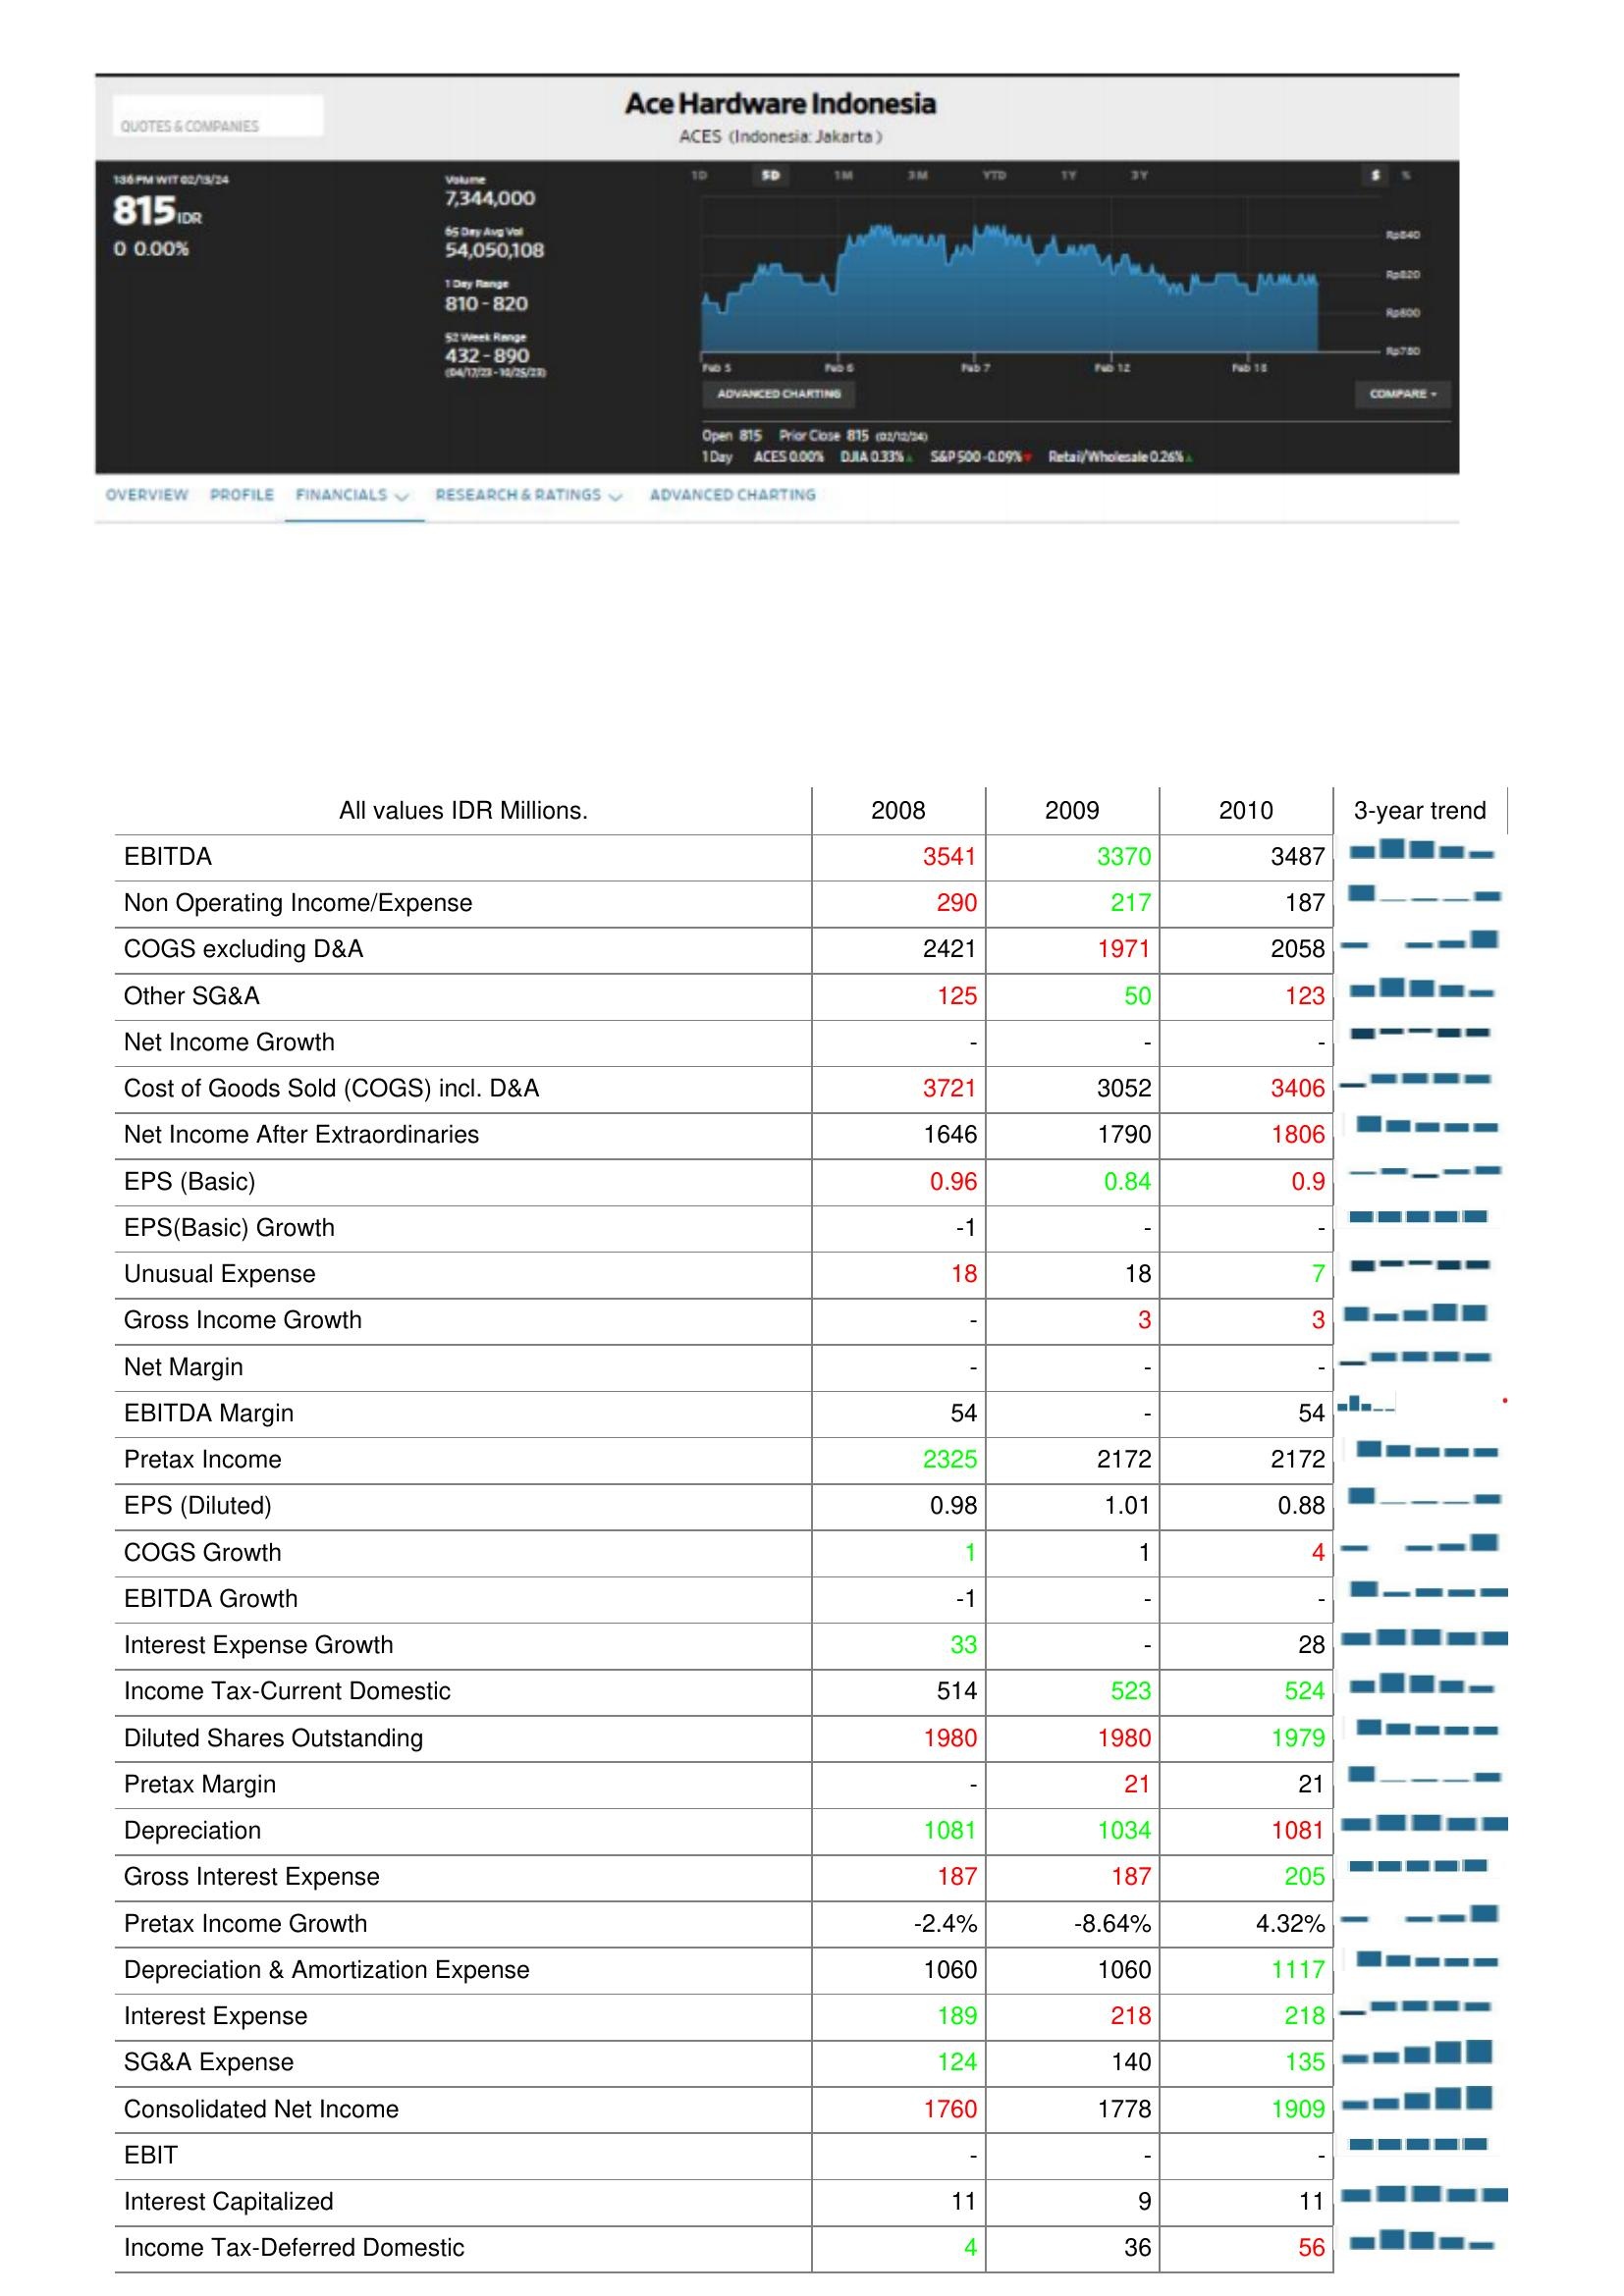
2008: : EBITDA: 3541
Non Operating Income/Expense: 290
COGS excluding D&A: 2421
Other SG&A: 125
Net Income Growth: -
Cost of Goods Sold (COGS) incl. D&A: 3721
Net Income After Extraordinaries: 1646
EPS (Basic): 0.96
EPS(Basic) Growth: -1
Unusual Expense: 18
Gross Income Growth: -
Net Margin: -
EBITDA Margin: 54
Pretax Income: 2325
EPS (Diluted): 0.98
COGS Growth: 1
EBITDA Growth: -1
Interest Expense Growth: 33
Income Tax-Current Domestic: 514
Diluted Shares Outstanding: 1980
Pretax Margin: -
Depreciation: 1081
Gross Interest Expense: 187
Pretax Income Growth: -2.4%
Depreciation & Amortization Expense: 1060
Interest Expense: 189
SG&A Expense: 124
Consolidated Net Income: 1760
EBIT: -
Interest Capitalized: 11
Income Tax-Deferred Domestic: 4
2009: : EBITDA: 3370
Non Operating Income/Expense: 217
COGS excluding D&A: 1971
Other SG&A: 50
Net Income Growth: -
Cost of Goods Sold (COGS) incl. D&A: 3052
Net Income After Extraordinaries: 1790
EPS (Basic): 0.84
EPS(Basic) Growth: -
Unusual Expense: 18
Gross Income Growth: 3
Net Margin: -
EBITDA Margin: -
Pretax Income: 2172
EPS (Diluted): 1.01
COGS Growth: 1
EBITDA Growth: -
Interest Expense Growth: -
Income Tax-Current Domestic: 523
Diluted Shares Outstanding: 1980
Pretax Margin: 21
Depreciation: 1034
Gross Interest Expense: 187
Pretax Income Growth: -8.64%
Depreciation & Amortization Expense: 1060
Interest Expense: 218
SG&A Expense: 140
Consolidated Net Income: 1778
EBIT: -
Interest Capitalized: 9
Income Tax-Deferred Domestic: 36
2010: : EBITDA: 3487
Non Operating Income/Expense: 187
COGS excluding D&A: 2058
Other SG&A: 123
Net Income Growth: -
Cost of Goods Sold (COGS) incl. D&A: 3406
Net Income After Extraordinaries: 1806
EPS (Basic): 0.9
EPS(Basic) Growth: -
Unusual Expense: 7
Gross Income Growth: 3
Net Margin: -
EBITDA Margin: 54
Pretax Income: 2172
EPS (Diluted): 0.88
COGS Growth: 4
EBITDA Growth: -
Interest Expense Growth: 28
Income Tax-Current Domestic: 524
Diluted Shares Outstanding: 1979
Pretax Margin: 21
Depreciation: 1081
Gross Interest Expense: 205
Pretax Income Growth: 4.32%
Depreciation & Amortization Expense: 1117
Interest Expense: 218
SG&A Expense: 135
Consolidated Net Income: 1909
EBIT: -
Interest Capitalized: 11
Income Tax-Deferred Domestic: 56